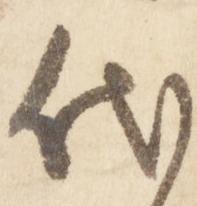
代